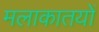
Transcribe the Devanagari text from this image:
मलाकातयों